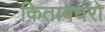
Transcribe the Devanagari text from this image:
किताबघरो